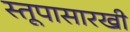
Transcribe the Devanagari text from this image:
स्तूपासारखी